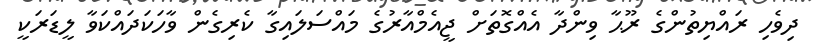
ދިވެހި ރައްޔިތުންގެ ރޫޙާ ވިންދާ އެއްގޮތަށް ޖީއެމްއާރުގެ މައްސަލައިގާ ކެރިގެން ވާހަކަދައްކަވާ ލީޑަރަކީ